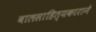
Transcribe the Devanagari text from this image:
बालसाहित्यकाराने